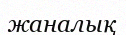
жаналық